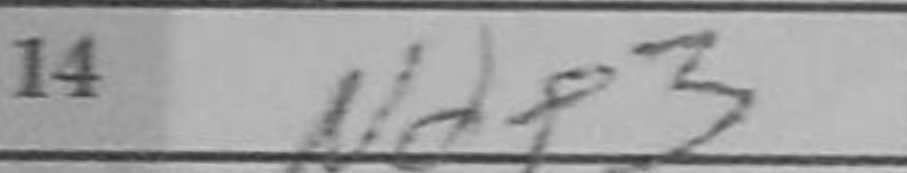
Transcription: Ndf3